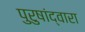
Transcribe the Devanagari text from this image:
पुरुषांद्वारा